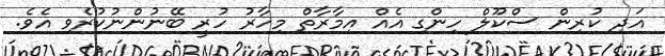
އަދި ކުރިން ސްކޫލް ހިންގި އެއް އިމާރާތް މިހާރު ހުރީ ބޭނުންނުކުރެވި އެވެ.